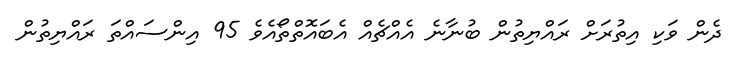
ދެން ވަކި އިތުރަށް ރައްޔިތުން ބުނާނެ އެއްޗެއް އެބައޮތްތޯއެވެ 95 އިންސައްތަ ރައްޔިތުން